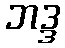
ဘဒ္ဒ